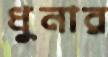
ধুনার